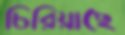
চিরিয়াছে